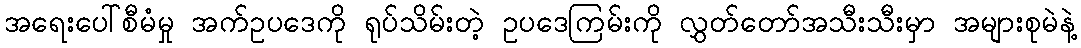
အရေးပေါ်စီမံမှု အက်ဥပဒေကို ရုပ်သိမ်းတဲ့ ဥပဒေကြမ်းကို လွှတ်တော်အသီးသီးမှာ အများစုမဲနဲ့